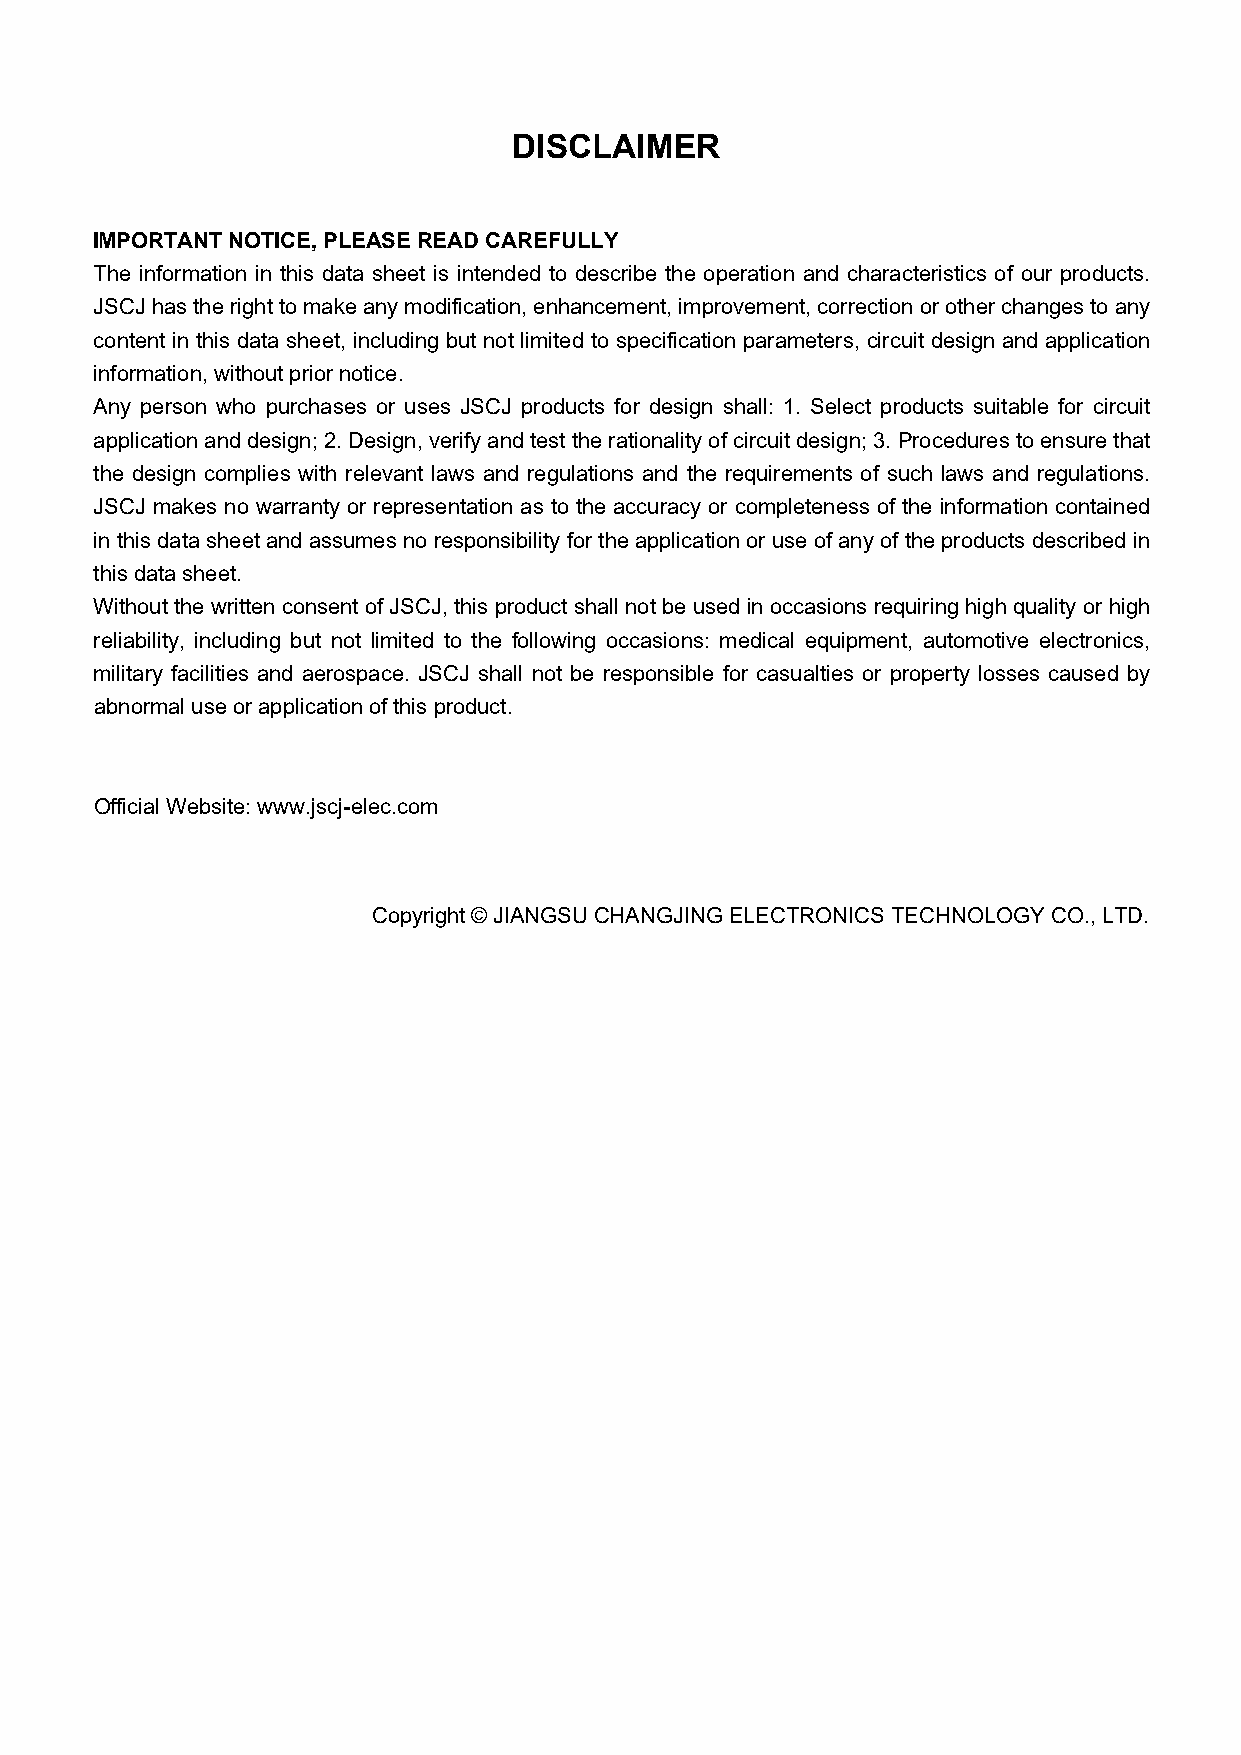
DISCLAIMER
 IMPORTANT NOTICE, PLEASE READ CAREFULLY
 The information in this data sheet is intended to describe the operation and characteristics of our products.
 JSCJ has the right to make any modification, enhancement, improvement, correction or other changes to any
 content in this data sheet, including but not limited to specification parameters, circuit design and application
 information, without prior notice.
 Any person who purchases or uses JSCJ products for design shall: 1. Select products suitable for circuit
 application and design; 2. Design, verify and test the rationality of circuit design; 3. Procedures to ensure that
 the design complies with relevant laws and regulations and the requirements of such laws and regulations.
 JSCJ makes no warranty or representation as to the accuracy or completeness of the information contained
 in this data sheet and assumes no responsibility for the application or use of any of the products described in
 this data sheet.
 Without the written consent of JSCJ, this product shall not be used in occasions requiring high quality or high
 reliability, including but not limited to the following occasions: medical equipment, automotive electronics,
 military facilities and aerospace. JSCJ shall not be responsible for casualties or property losses caused by
 abnormal use or application of this product.
 Official Website: www.jscj-elec.com
 Copyright © JIANGSU CHANGJING ELECTRONICS TECHNOLOGY CO., LTD.